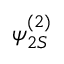
\psi _ { 2 S } ^ { ( 2 ) }